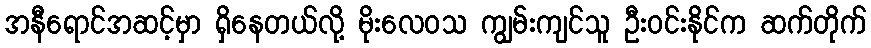
အနီရောင်အဆင့်မှာ ရှိနေတယ်လို့ မိုးလေဝသ ကျွမ်းကျင်သူ ဦးဝင်းနိုင်က ဆက်တိုက်